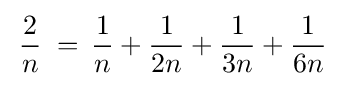
\,{\frac {2}{n}}\;=\,{\frac {1}{n}}+{\frac {1}{2n}}+{\frac {1}{3n}}+{\frac {1}{6n}}